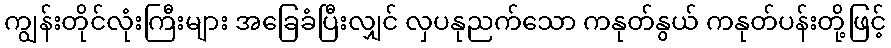
ကျွန်းတိုင်လုံးကြီးများ အခြေခံပြီးလျှင် လှပနုညက်သော ကနုတ်နွယ် ကနုတ်ပန်းတို့ဖြင့်